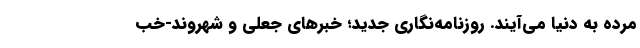
مرده به دنیا می‌آیند. روزنامه‌نگاری جدید؛ خبرهای جعلی و شهروند-خب